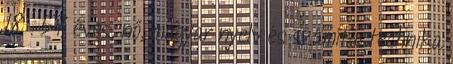
18 . 57 éves, nő, magyar nyelv és számítástechnika